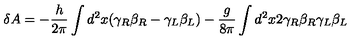
\delta A = - { \frac { h } { 2 \pi } } \int d ^ { 2 } x ( \gamma _ { R } \beta _ { R } - \gamma _ { L } \beta _ { L } ) - { \frac { g } { 8 \pi } } \int d ^ { 2 } x 2 \gamma _ { R } \beta _ { R } \gamma _ { L } \beta _ { L }